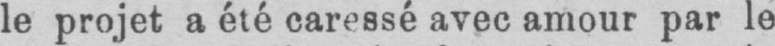
le projet a été caressé avec amour par le